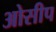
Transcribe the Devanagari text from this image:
ओसीप